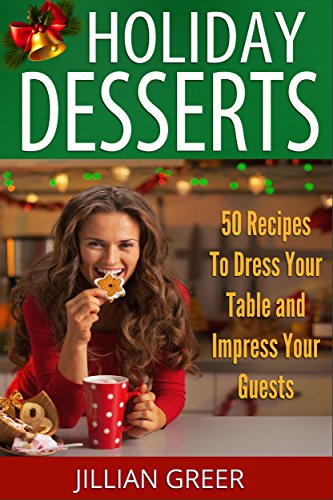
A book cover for Elegant Holiday Desserts 50 Recipes to Dress Your Table and Impress Your Guests This Christmas & Hanukkah: (Christmas Dessert, Holiday Cookies, Cakes, Sweet Breads); Jillian Greer; Cookbooks, Food & Wine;